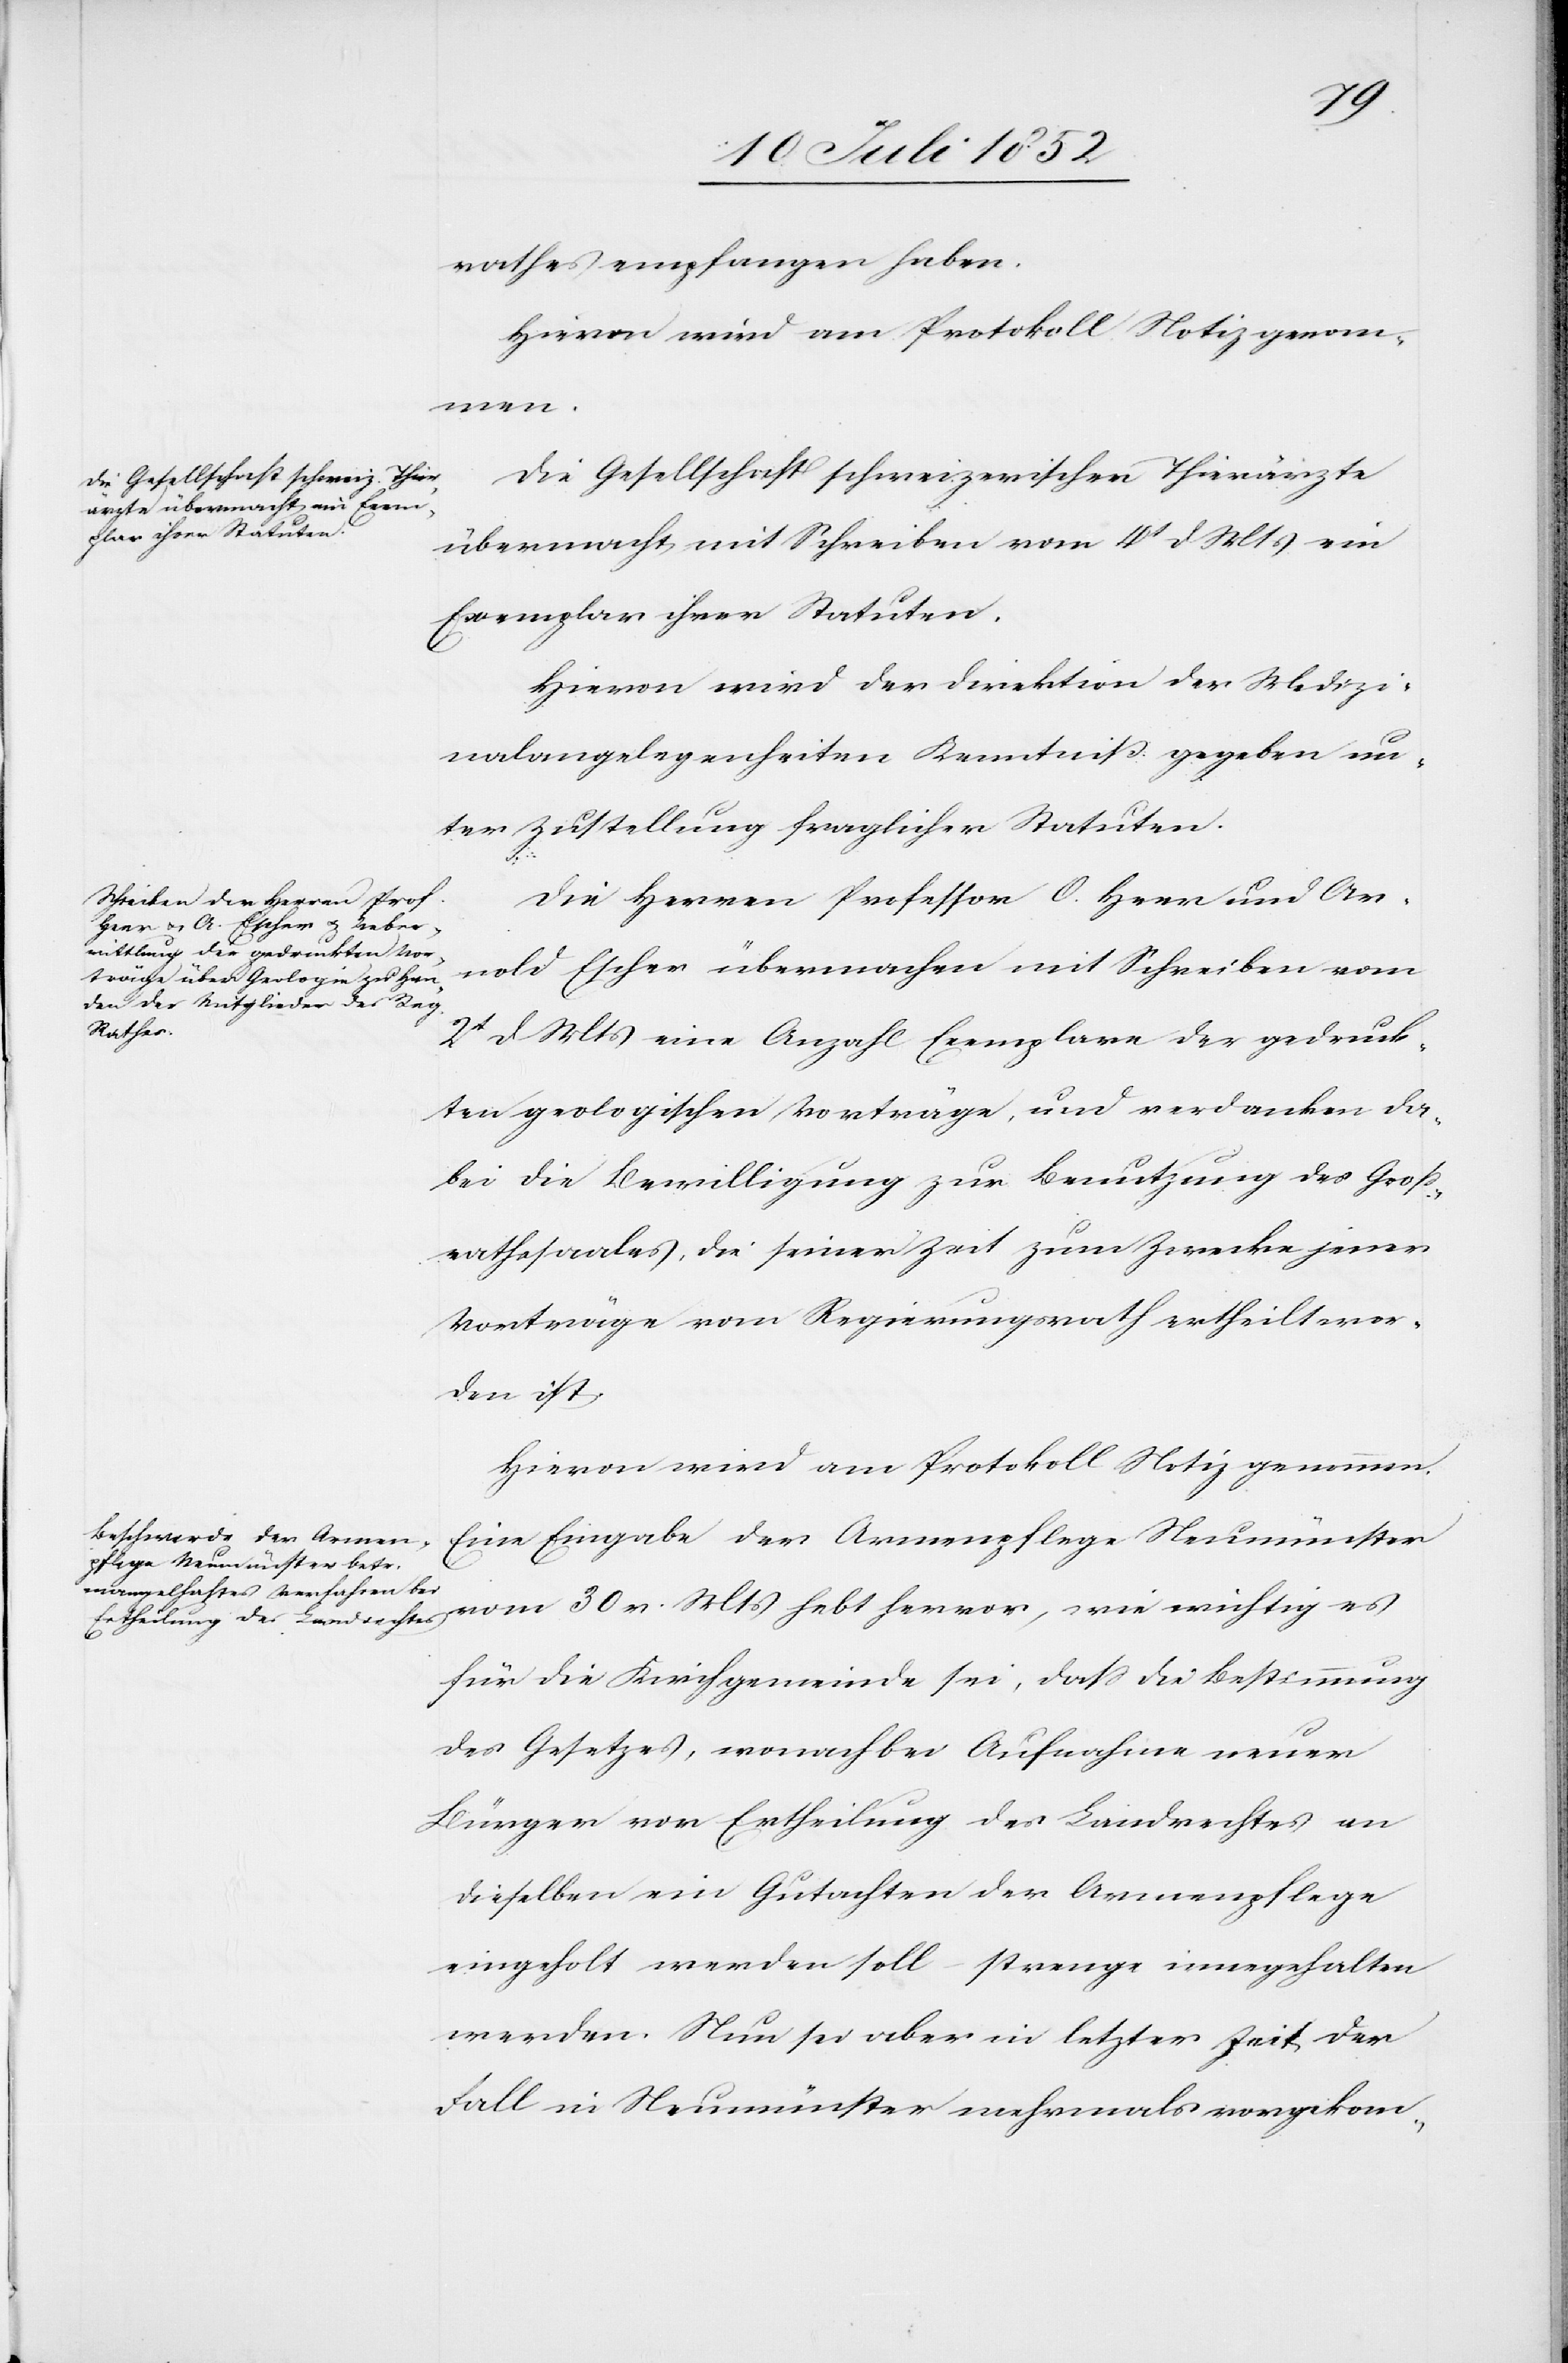
rathes empfangen haben.
Hievon wird am Protokoll Notiz genom¬
men.
Die Gesellschaft schweizerischer Thierärzte
übermacht mit Schreiben vom 4t d. Mts ein
Exemplar ihrer Statuten.
Hievon wird der Direktion der Medizi¬
nalangelegenheiten Kenntniß gegeben un¬
ter Zustellung fraglicher Statuten.
Die Herren Professor O. Heer und Ar¬
nold Escher übermachen mit Schreiben vom
2t d Mts eine Anzahl Exemplare der gedruck¬
ten geologischen Vorträge, und verdanken da¬
bei die Bewilligung zur Benutzung des Gross¬
rathssaales, die seiner Zeit zum Zwecke jener
Vorträge vom Regierungsrath ertheilt wor¬
den ist.
Hievon wird am Protokoll Notiz genommen.
Eine Eingabe der Armenpflege Neumünster
vom 30 v. Mts hebt hervor, wie wichtig es
für die Kirchgemeinde sei, dass die Bestimmung
des Gesetzes, wonach bei Aufnahme neuer
Bürger vor Ertheilung des Landrechtes an
dieselben ein Gutachten der Armenpflege
eingeholt werden soll – strenge innegehalten
werden [sic!]. Nun sei aber in letzter Zeit der
Fall in Neumünster mehrmals vorgekom-